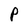
Character: P